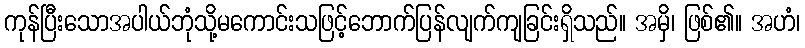
ကုန်ပြီးသောအပါယ်ဘုံသို့မကောင်းသဖြင့်ဘောက်ပြန်လျက်ကျခြင်းရှိသည်။ အမှိ၊ ဖြစ်၏။ အဟံ၊